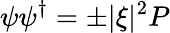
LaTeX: \psi\psi^{\dagger}=\pm|\xi|^{2}P